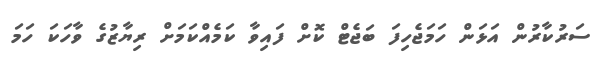
ސަރުކާރުން އަޅަން ހަމަޖެހިފަ ބަޖެޓް ކޮށް ފައިވާ ކަމެއްކަމަށް ރިޔާޒުގެ ވާހަކަ ހަމަ